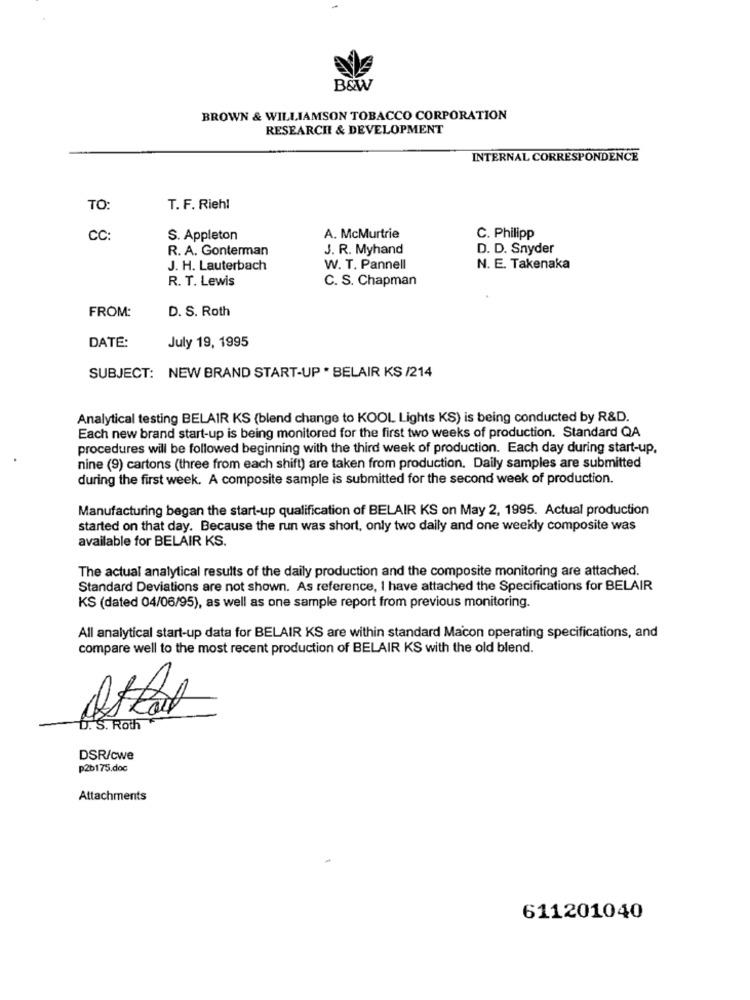
B&W
BROWN & WILLIAMSON TOBACCO CORPORATION
RESEARCH & DEVELOPMENT
INTERNAL CORRESPONDENCE
TO:
T. F. Riehl
CC:
S. Appleton
A. McMurtrie
C. Philipp
R. A. Gonterman
J. R. Myhand
D. D. Snyder
J. H. Lauterbach
W. T. Pannell
N. E. Takenaka
R. T. Lewis
C. S. Chapman
D. S. Roth
FROM:
July 19, 1995
DATE:
SUBJECT: NEW BRAND START-UP . BELAIR KS /214
Analytical testing BELAIR KS (blend change to KOOL Lights KS) is being conducted by R&D.
Each new brand start-up is being monitored for the first two weeks of production. Standard QA
procedures will be followed beginning with the third week of production. Each day during start-up.
nine (9) cartons (three from each shift) are taken from production. Daily samples are submitted
during the first week. A composite sample is submitted for the second week of production.
Manufacturing began the start-up qualification of BELAIR KS on May 2, 1995. Actual production
started on that day. Because the run was short, only two daily and one weekly composite was
available for BELAIR KS.
The actual analytical results of the daily production and the composite monitoring are attached.
Standard Deviations are not shown. As reference, I have attached the Specifications for BELAIR
KS (dated 04/06/95), as well as one sample report from previous monitoring.
All analytical start-up data for BELAIR KS are within standard Macon operating specifications, and
compare well to the most recent production of BELAIR KS with the old blend.
D. S. Roth
DSR/cwe
p2b175.doc
Attachments
611201040